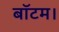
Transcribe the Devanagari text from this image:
बॉटम।